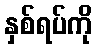
နှစ်ရပ်ကို